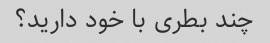
چند بطری با خود دارید؟